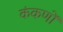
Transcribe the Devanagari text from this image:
कंकणों